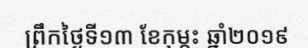
ព្រឹកថ្ងៃទី១៣ ខែកុម្ភះ ឆ្នាំ២០១៩